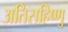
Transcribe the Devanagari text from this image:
अतिसहिष्णु